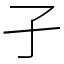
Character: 孑